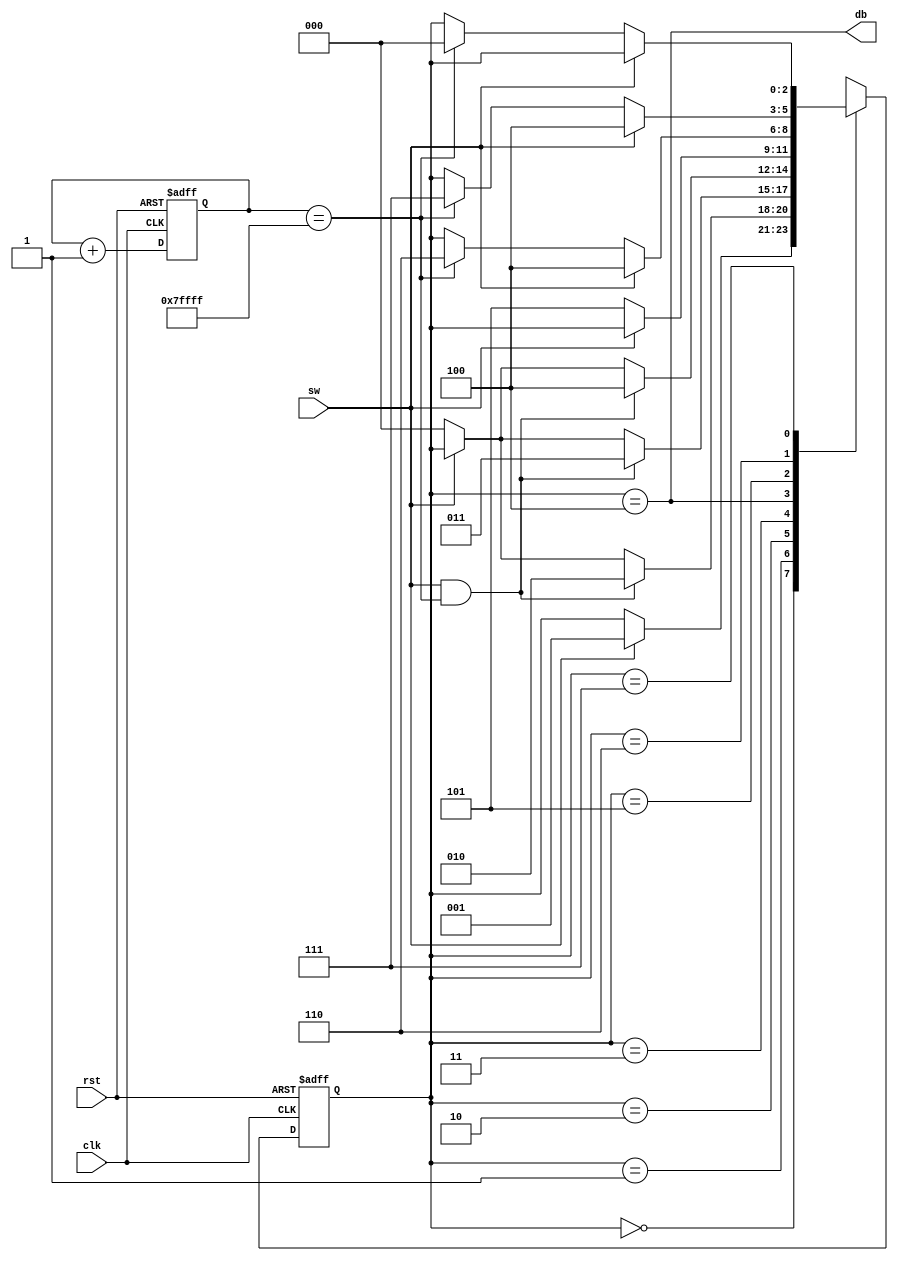
module debounce_1(db,sw,rst,clk);
	input wire clk, rst, sw;
	output wire db;
	
	localparam [2:0]
		zero = 3'b000,
		wait1_1 = 3'b001,
		wait1_2 = 3'b010,
		wait1_3 = 3'b011,
		one = 3'b100,
		wait0_1 = 3'b101,
		wait0_2 = 3'b110,
		wait0_3 = 3'b111;
		
	localparam N = 19; // 19 for clk = 50Mhz
	reg [N-1:0] q_reg;
	wire [N-1:0] q_next;
	wire m_tick;
	reg [2:0] state_reg, state_next;
	
	always@(posedge clk, posedge rst)
		begin
		if(rst)
			q_reg <= 0;
		else
			q_reg <= q_next;
		end
	
	assign q_next = q_reg + 1;
	assign m_tick = (q_reg == 2**N-1);
	
	always@(posedge clk, posedge rst)
		if(rst)
			state_reg <= 0;
		else 
			state_reg <= state_next;
	
	always @*
		begin
		state_next = state_reg;
		case(state_reg)
			zero:
				if(sw)
					state_next = wait1_1;
			wait1_1:
				if(sw & m_tick)
					state_next = wait1_2;
				else if(~sw)
					state_next = zero;
			wait1_2:
				if(sw & m_tick)
					state_next = wait1_3;
				else if(~sw)
					state_next = zero;
			wait1_3:
				if(sw & m_tick)
					state_next = one;
				else if(~sw)
					state_next = zero;
			one:
				if(~sw)
					state_next = wait0_1;
			wait0_1:
				if(sw)
					state_next = one;
				else if(m_tick)
					state_next = wait0_2;
			wait0_2:
				if(sw)
					state_next = one;
				else if(m_tick)
					state_next = wait0_3;
			wait0_3:
				if(sw)
					state = one;
				else if(m_tick)
					state_next = zero;
		endcase
		end
		
	assign db = (state_reg == one);
endmodule